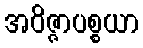
အဝိဇ္ဇာပစ္စယာ